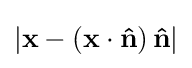
\left|\mathbf {x} -\left(\mathbf {x} \cdot \mathbf {\hat {n}} \right)\mathbf {\hat {n}} \right|